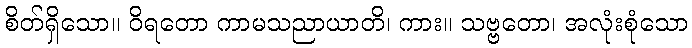
စိတ်ရှိသော။ ဝိရတော ကာမသညာယာတိ၊ ကား။ သဗ္ဗတော၊ အလုံးစုံသော